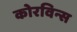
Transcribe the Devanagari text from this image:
कोरविन्स